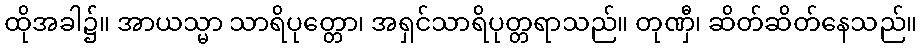
ထိုအခါ၌။ အာယသ္မာ သာရိပုတ္တော၊ အရှင်သာရိပုတ္တရာသည်။ တုဏှီ၊ ဆိတ်ဆိတ်နေသည်။